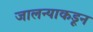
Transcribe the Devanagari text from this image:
जालन्याकडून